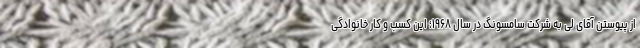
از پیوستن آقای لی به شرکت سامسونگ در سال ۱۹۶۸؛ این کسب و کار خانوادگی